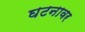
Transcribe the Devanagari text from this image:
घटनावर